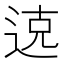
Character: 𫐦